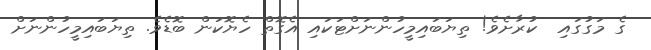
ގެ މަގުގައި  ކުރާށެވެ! ތިޔަބައިމީހުންނަށްޓަކައި އެގޮތް ހެޔޮކަން ބޮޑެވެ. ތިޔަބައިމީހުންނަށް